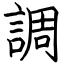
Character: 調